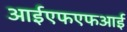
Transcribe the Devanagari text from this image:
आईएफएफआई